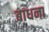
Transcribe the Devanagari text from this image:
बाधना